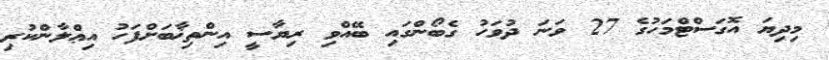
މިދިޔަ އޮގަސްޓްމަހުގެ 27 ވަނަ ދުވަހު ގެބޯންގައި ބޭއްވި ރިޔާސީ އިންތިޚާބަށްފަހު އިޢްލާންކުރި